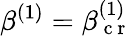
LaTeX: \beta^{(1)}=\beta_{\mathrm{~c~r~}}^{(1)}